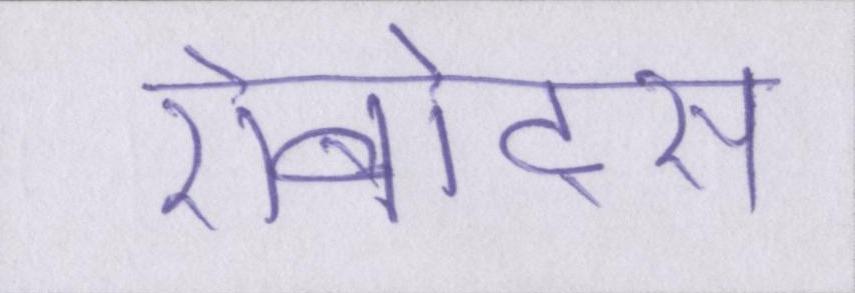
रोबोट्स